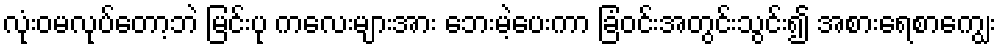
လုံးဝမလုပ်တော့ဘဲ မြင်းပု ကလေးများအား ဘေးမဲ့ပေးကာ ခြံဝင်းအတွင်းသွင်း၍ အစားရေစာကျွေး